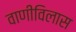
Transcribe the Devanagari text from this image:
वाणीविलास